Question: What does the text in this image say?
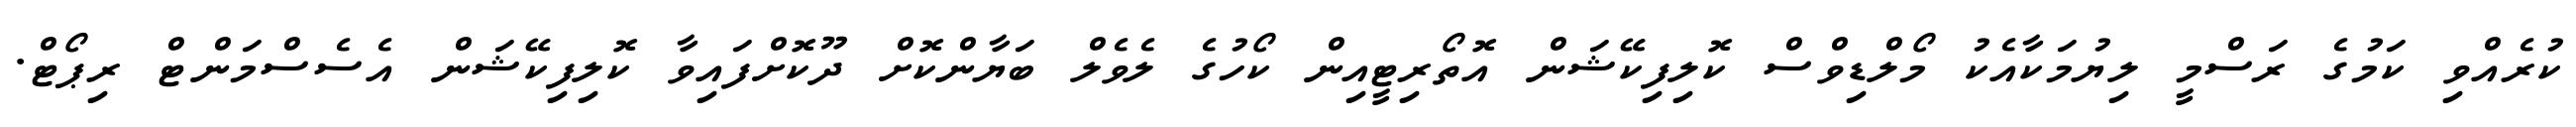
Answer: ކުރެއްވި ކަމުގެ ރަސްމީ ލިޔުމަކާއެކު މޯލްޑިވްސް ކޮލިފިކޭޝަން އޮތޯރިޓީއިން ކޯހުގެ ލެވެލް ބަޔާންކޮށް ދޫކޮށްފައިވާ ކޮލިފިކޭޝަން އެސެސްމަންޓް ރިޕޯޓް.